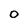
Character: 0